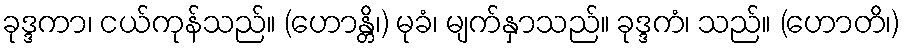
ခုဒ္ဒကာ၊ ငယ်ကုန်သည်။ (ဟောန္တိ၊) မုခံ၊ မျက်နှာသည်။ ခုဒ္ဒကံ၊ သည်။ (ဟောတိ၊)